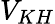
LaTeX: V_{KH}